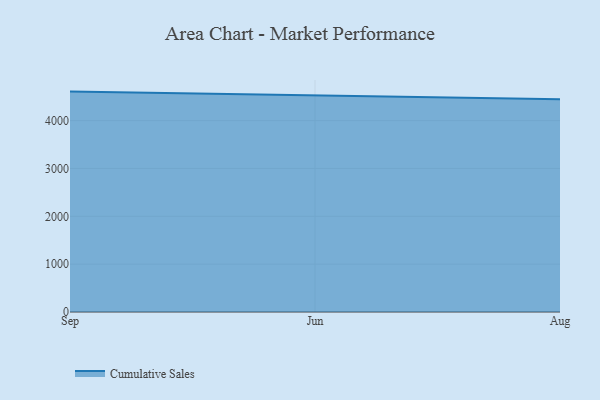
{"axis": {"x": "Month", "y": "Energy Usage (MWh)"}, "legend": ["Cumulative Sales"], "data": [{"x": "Sep", "y": 4606.1, "type": "Cumulative Sales"}, {"x": "Jun", "y": 4529.7, "type": "Cumulative Sales"}, {"x": "Aug", "y": 4444.8, "type": "Cumulative Sales"}]}